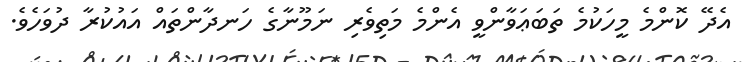
އެދޭ ކޮންމެ މީހަކުމެ ތަބަޢަވާންވީ އެންމެ މަތިވެރި ނަމޫނާގެ ހަނދާންތައް އައުކުރާ ދުވަހެވެ.